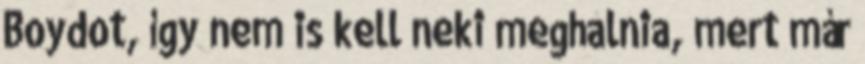
Boydot, így nem is kell neki meghalnia, mert már